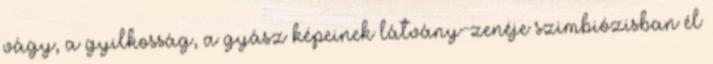
vágy, a gyilkosság, a gyász képeinek látvány-zenéje szimbiózisban él